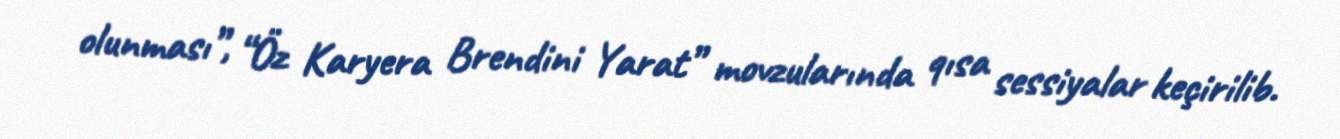
olunması”, “Öz Karyera Brendini Yarat” movzularında qısa sessiyalar keçirilib.